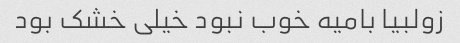
زولبیا بامیه خوب نبود خیلی خشک بود